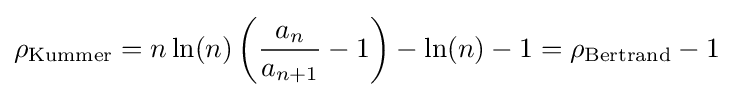
\rho _{\text{Kummer}}=n\ln(n)\left({\frac {a_{n}}{a_{n+1}}}-1\right)-\ln(n)-1=\rho _{\text{Bertrand}}-1